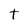
Character: t